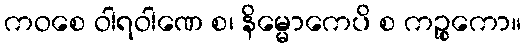
ကဝစေ ဝါရဝါဏေ စ၊ နိမ္မောကေပိ စ ကဉ္စုကော။